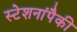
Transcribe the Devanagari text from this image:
स्टेशनांपैकी